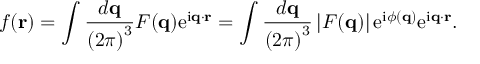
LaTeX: f ( \mathbf { r } ) = \int { \frac { d \mathbf { q } } { \left( 2 \pi \right) ^ { 3 } } } F ( \mathbf { q } ) \mathrm { e } ^ { \mathrm { i } \mathbf { q } \cdot \mathbf { r } } = \int { \frac { d \mathbf { q } } { \left( 2 \pi \right) ^ { 3 } } } \left| F ( \mathbf { q } ) \right| \mathrm { e } ^ { \mathrm { i } \phi ( \mathbf { q } ) } \mathrm { e } ^ { \mathrm { i } \mathbf { q } \cdot \mathbf { r } } .